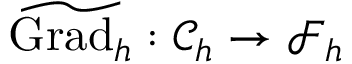
\widetilde { \mathrm { G r a d } _ { h } } : \mathcal { C } _ { h } \rightarrow \mathcal { F } _ { h }